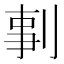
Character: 剚